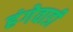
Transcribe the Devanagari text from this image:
हंगेवाडी